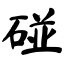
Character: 碰